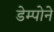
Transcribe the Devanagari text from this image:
डेम्पोने